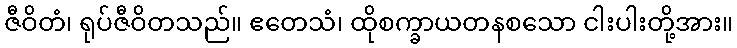
ဇီဝိတံ၊ ရုပ်ဇီဝိတသည်။ ဧတေသံ၊ ထိုစက္ခာယတနစသော ငါးပါးတို့အား။